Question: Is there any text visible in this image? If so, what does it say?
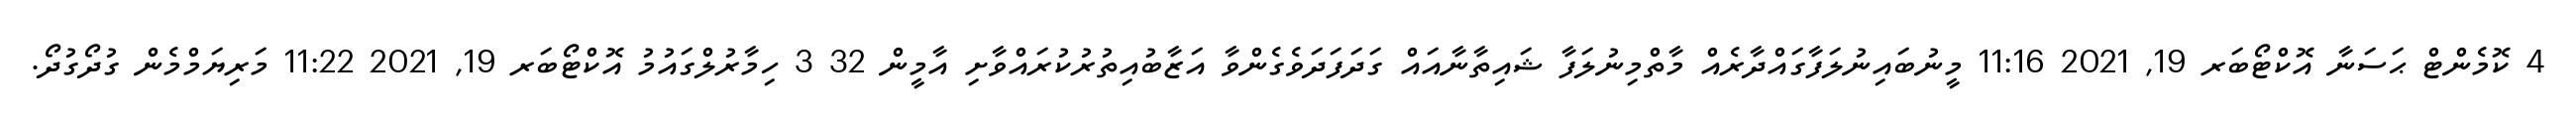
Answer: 4 ކޮމެންޓް ޙަސަނާ އޮކްޓޯބަރ 19, 2021 11:16 މީނުބައިނުލަފާގައްދާރެއް މާތްމިނުލަފާ ޝައިތާނާއައް ގަދަފަދަވެގެންވާ އަޒާބުއިތުރުކުރައްވާށި އާމީން 32 3 ހިމާރުލްގައުމު އޮކްޓޯބަރ 19, 2021 11:22 މަރިޔަމްމެން ގުދޯގުދޯ.